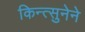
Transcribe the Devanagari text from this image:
किन्त्सुनेने